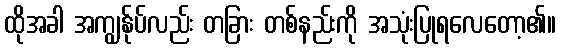
ထိုအခါ အကျွန်ုပ်လည်း တခြား တစ်နည်းကို အသုံးပြုရလေတော့၏။